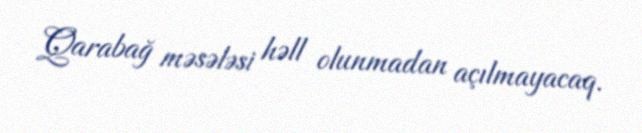
Qarabağ məsələsi həll olunmadan açılmayacaq.